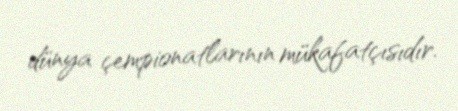
dünya çempionatlarının mükafatçısıdır.